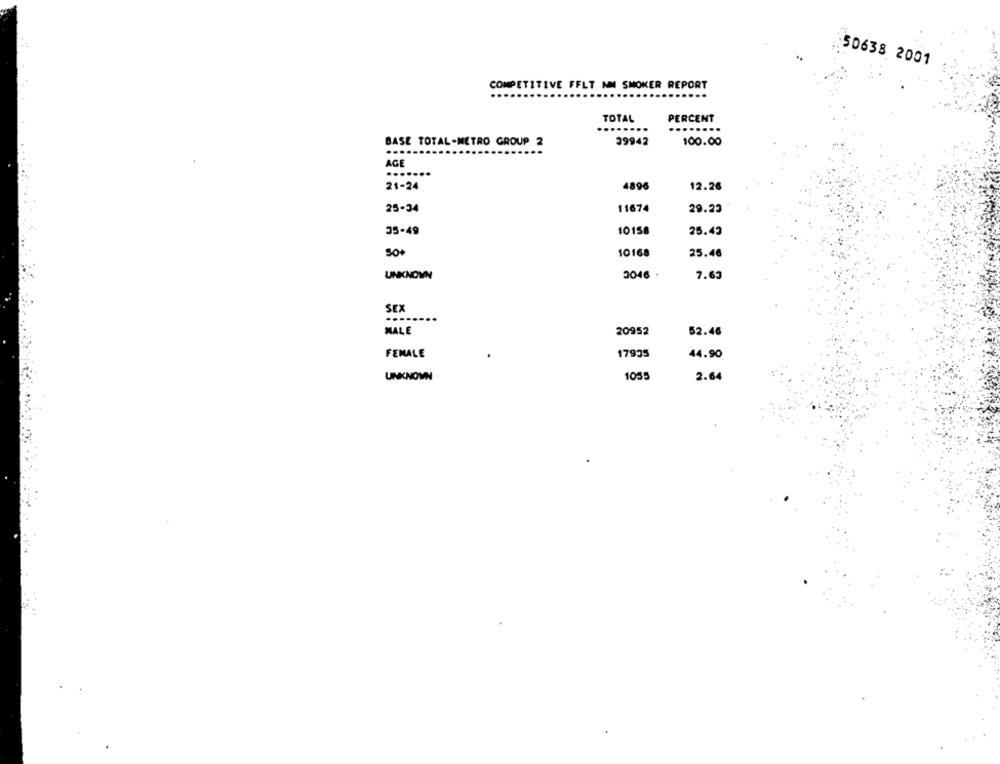
50638 2001
COMPETITIVE FFLT NM SMOKER REPORT
TOTAL
PERCENT
.......
BASE TOTAL-METRO GROUP 2
39942
100.00
....
AGE
21-24
4896
12.26
11674
25-34
29.23
35-49
10158
25.45
50
10168
25.46
UNKNOWN
3046
7.63
SEX
MALE
20952
52.46
FEMALE
17935
44.90
UNKNOWN
1055
2.64